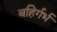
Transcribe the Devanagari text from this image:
बहिर्गर्भ